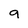
Character: 9